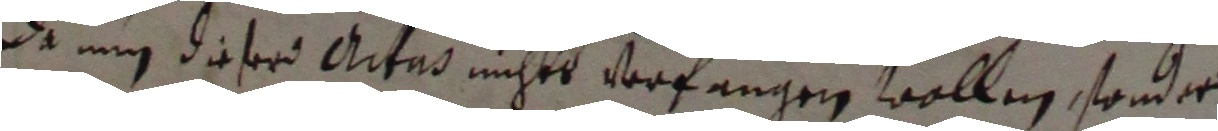
Da nun dieer aitab nichts verfangen wollen, sonder